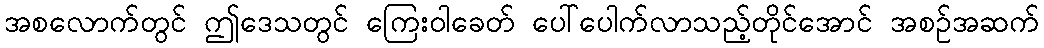
အစလောက်တွင် ဤဒေသတွင် ကြေးဝါခေတ် ပေါ်ပေါက်လာသည့်တိုင်အောင် အစဉ်အဆက်